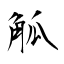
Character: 觚